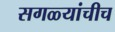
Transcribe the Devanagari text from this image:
सगळ्यांचीच